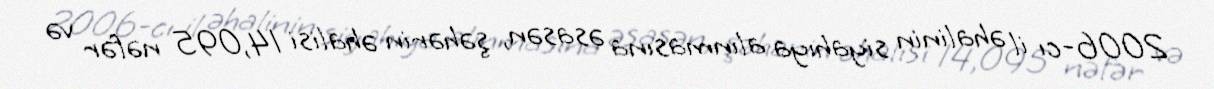
2006-cı il əhalinin siyahıya alınmasına əsasən, şəhərin əhalisi 14,095 nəfər və